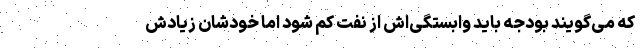
که می‌گویند بودجه باید وابستگی‌اش از نفت کم شود اما خودشان زیادش